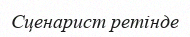
Сценарист ретінде